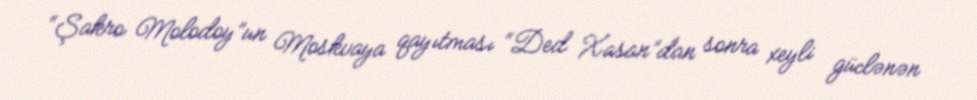
“Şakro Molodoy”un Moskvaya qayıtması “Ded Xasan”dan sonra xeyli güclənən